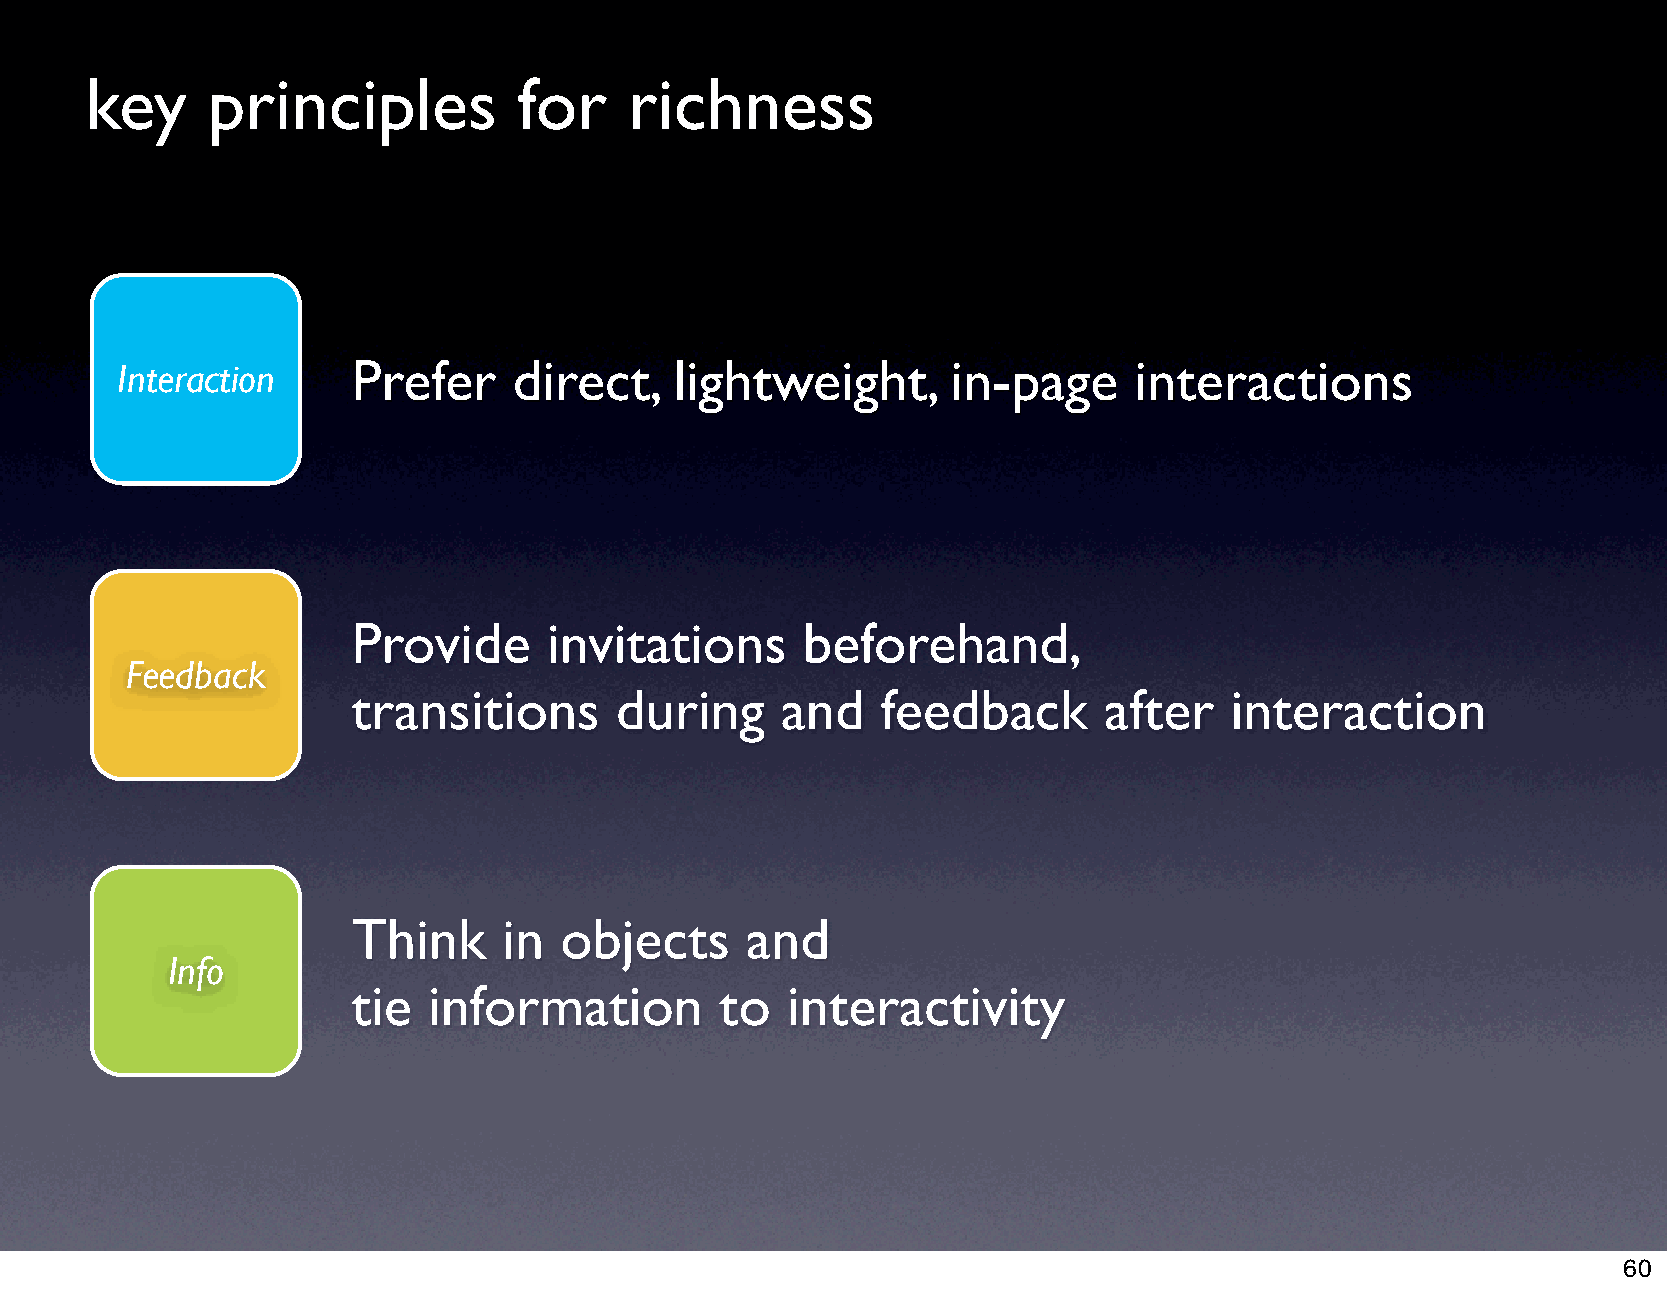
key     principles          for     richness
 Interaction    Prefer     direct,    lightweight,      in-page     interactions
 Provide      invitations      beforehand,
 Feedback
 transitions       during     and   feedback       after   interaction
 Think     in  objects     and
 Info
 tie  information         to  interactivity
 60